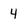
Character: 4